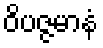
ဝိပဇ္ဇမာနံ